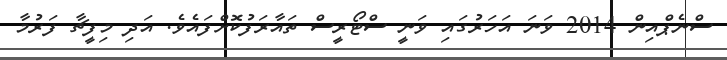
ސްނެޕްއިން 2014 ވަނަ އަހަރުގައި ވަނީ ސްޓޯރީސް ތައާރަފުކޮށްފައެވެ. އަދި މިފީޗާ ފަރުމާ